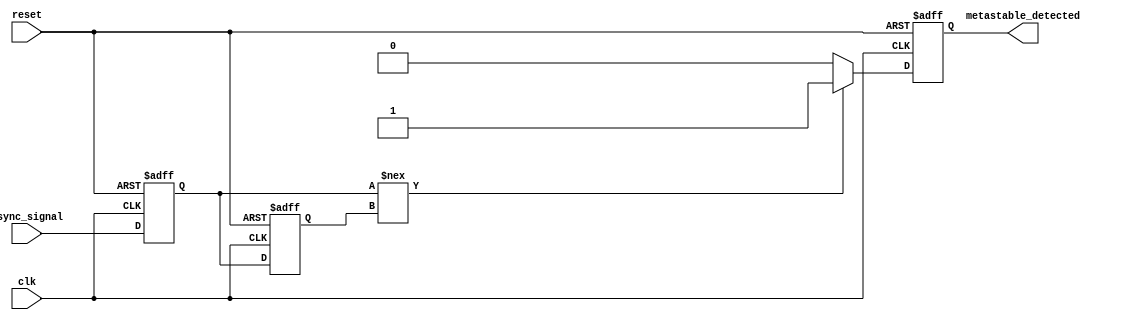
module metastability_detector (
    input wire clk,               // Clock input
    input wire reset,             // Reset input
    input wire async_signal,      // Asynchronous input signal
    output reg metastable_detected // Output indication of metastable condition
);

    // Latch outputs
    reg latch1_out;
    reg latch2_out;

    // Initial conditions
    initial begin
        latch1_out = 1'b0;
        latch2_out = 1'b0;
        metastable_detected = 1'b0;
    end

    // Latch 1: Sample the asynchronous signal on the rising edge of the clock
    always @(posedge clk or posedge reset) begin
        if (reset) begin
            latch1_out <= 1'b0; // Reset latch to a known state
        end else begin
            latch1_out <= async_signal; // Sample the asynchronous signal
        end
    end

    // Latch 2: Sample the output of latch 1 on the next clock cycle
    always @(posedge clk or posedge reset) begin
        if (reset) begin
            latch2_out <= 1'b0; // Reset latch to a known state
        end else begin
            latch2_out <= latch1_out; // Sample the output of latch 1
        end
    end

    // Metastability Detection Logic
    always @(posedge clk or posedge reset) begin
        if (reset) begin
            metastable_detected <= 1'b0; // Reset the detection output
        end else begin
            // Check for metastability condition
            if (latch1_out !== latch2_out) begin
                metastable_detected <= 1'b1; // Indicate metastable condition
            end else begin
                metastable_detected <= 1'b0; // Clear detection indication
            end
        end
    end

endmodule